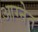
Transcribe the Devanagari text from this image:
आग्नेत